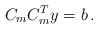
LaTeX: \begin{align*}C_mC_m^Ty=b\,.\end{align*}